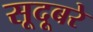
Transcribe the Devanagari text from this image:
सूदूबरे